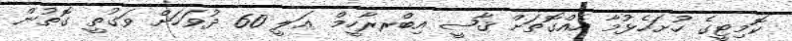
ކޮމިޓީގެ ހުށަހެޅުމާ އެއްގޮތަށް ޤާޟީ އިބްރރާހީމް ޢަލީ 60 ދުވަހަށް ވަގުތީ ގޮތުން